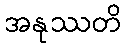
အနုဿတိ